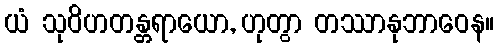
ယံ သုဝိဟတန္တရာယော, ဟုတွာ တဿာနုဘာဝေန။